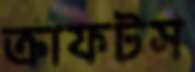
ক্রাফটস